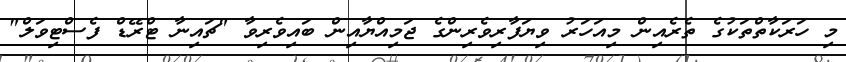
މި ހަރަކާތްތަކުގެ ތެރެއިން މިއަހަރު ވިޔަފާރިވެރިންގެ ޖަމިއްޔާއިން ބައިވެރިވާ "ޗައިނާ ޓްރޭޑް ފެސްޓިވަލް"